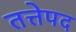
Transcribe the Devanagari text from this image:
तत्तेपद